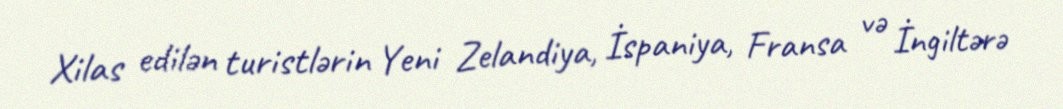
Xilas edilən turistlərin Yeni Zelandiya, İspaniya, Fransa və İngiltərə